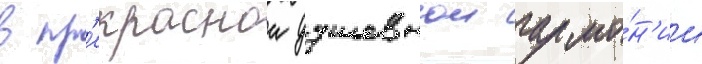
в пр'екраснои душевнои гармо́н'ии